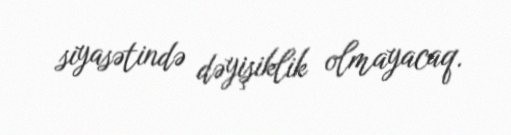
siyasətində dəyişiklik olmayacaq.